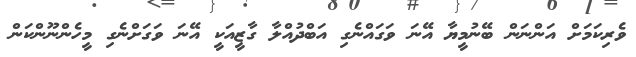
ވެރިކަމަށް އަންނަން ބޭނުމީޔާ އޭނަ ވަގައްނެގި އަބްދުއްލާ ގާޒީއަކީ އޭނަ ވަގަށްނެގި މީހެންނޫންކަން